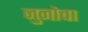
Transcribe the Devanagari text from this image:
जुनोचा